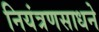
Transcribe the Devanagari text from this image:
नियंत्रणसाधने